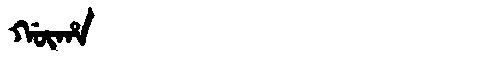
Manchu: ᡤᡡᡥᠠ
Romanization: GŪHA